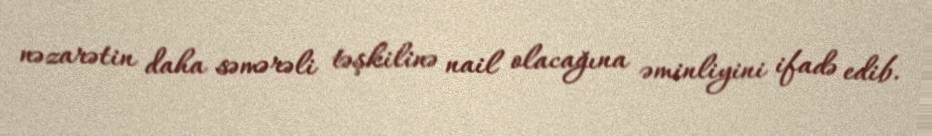
nəzarətin daha səmərəli təşkilinə nail olacağına əminliyini ifadə edib.